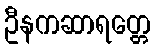
ဦနကဆာရတ္တေ